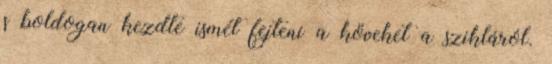
s boldogan kezdte ismét fejteni a köveket a szikláról.